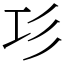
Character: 㣉